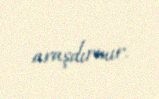
araşdırmır.